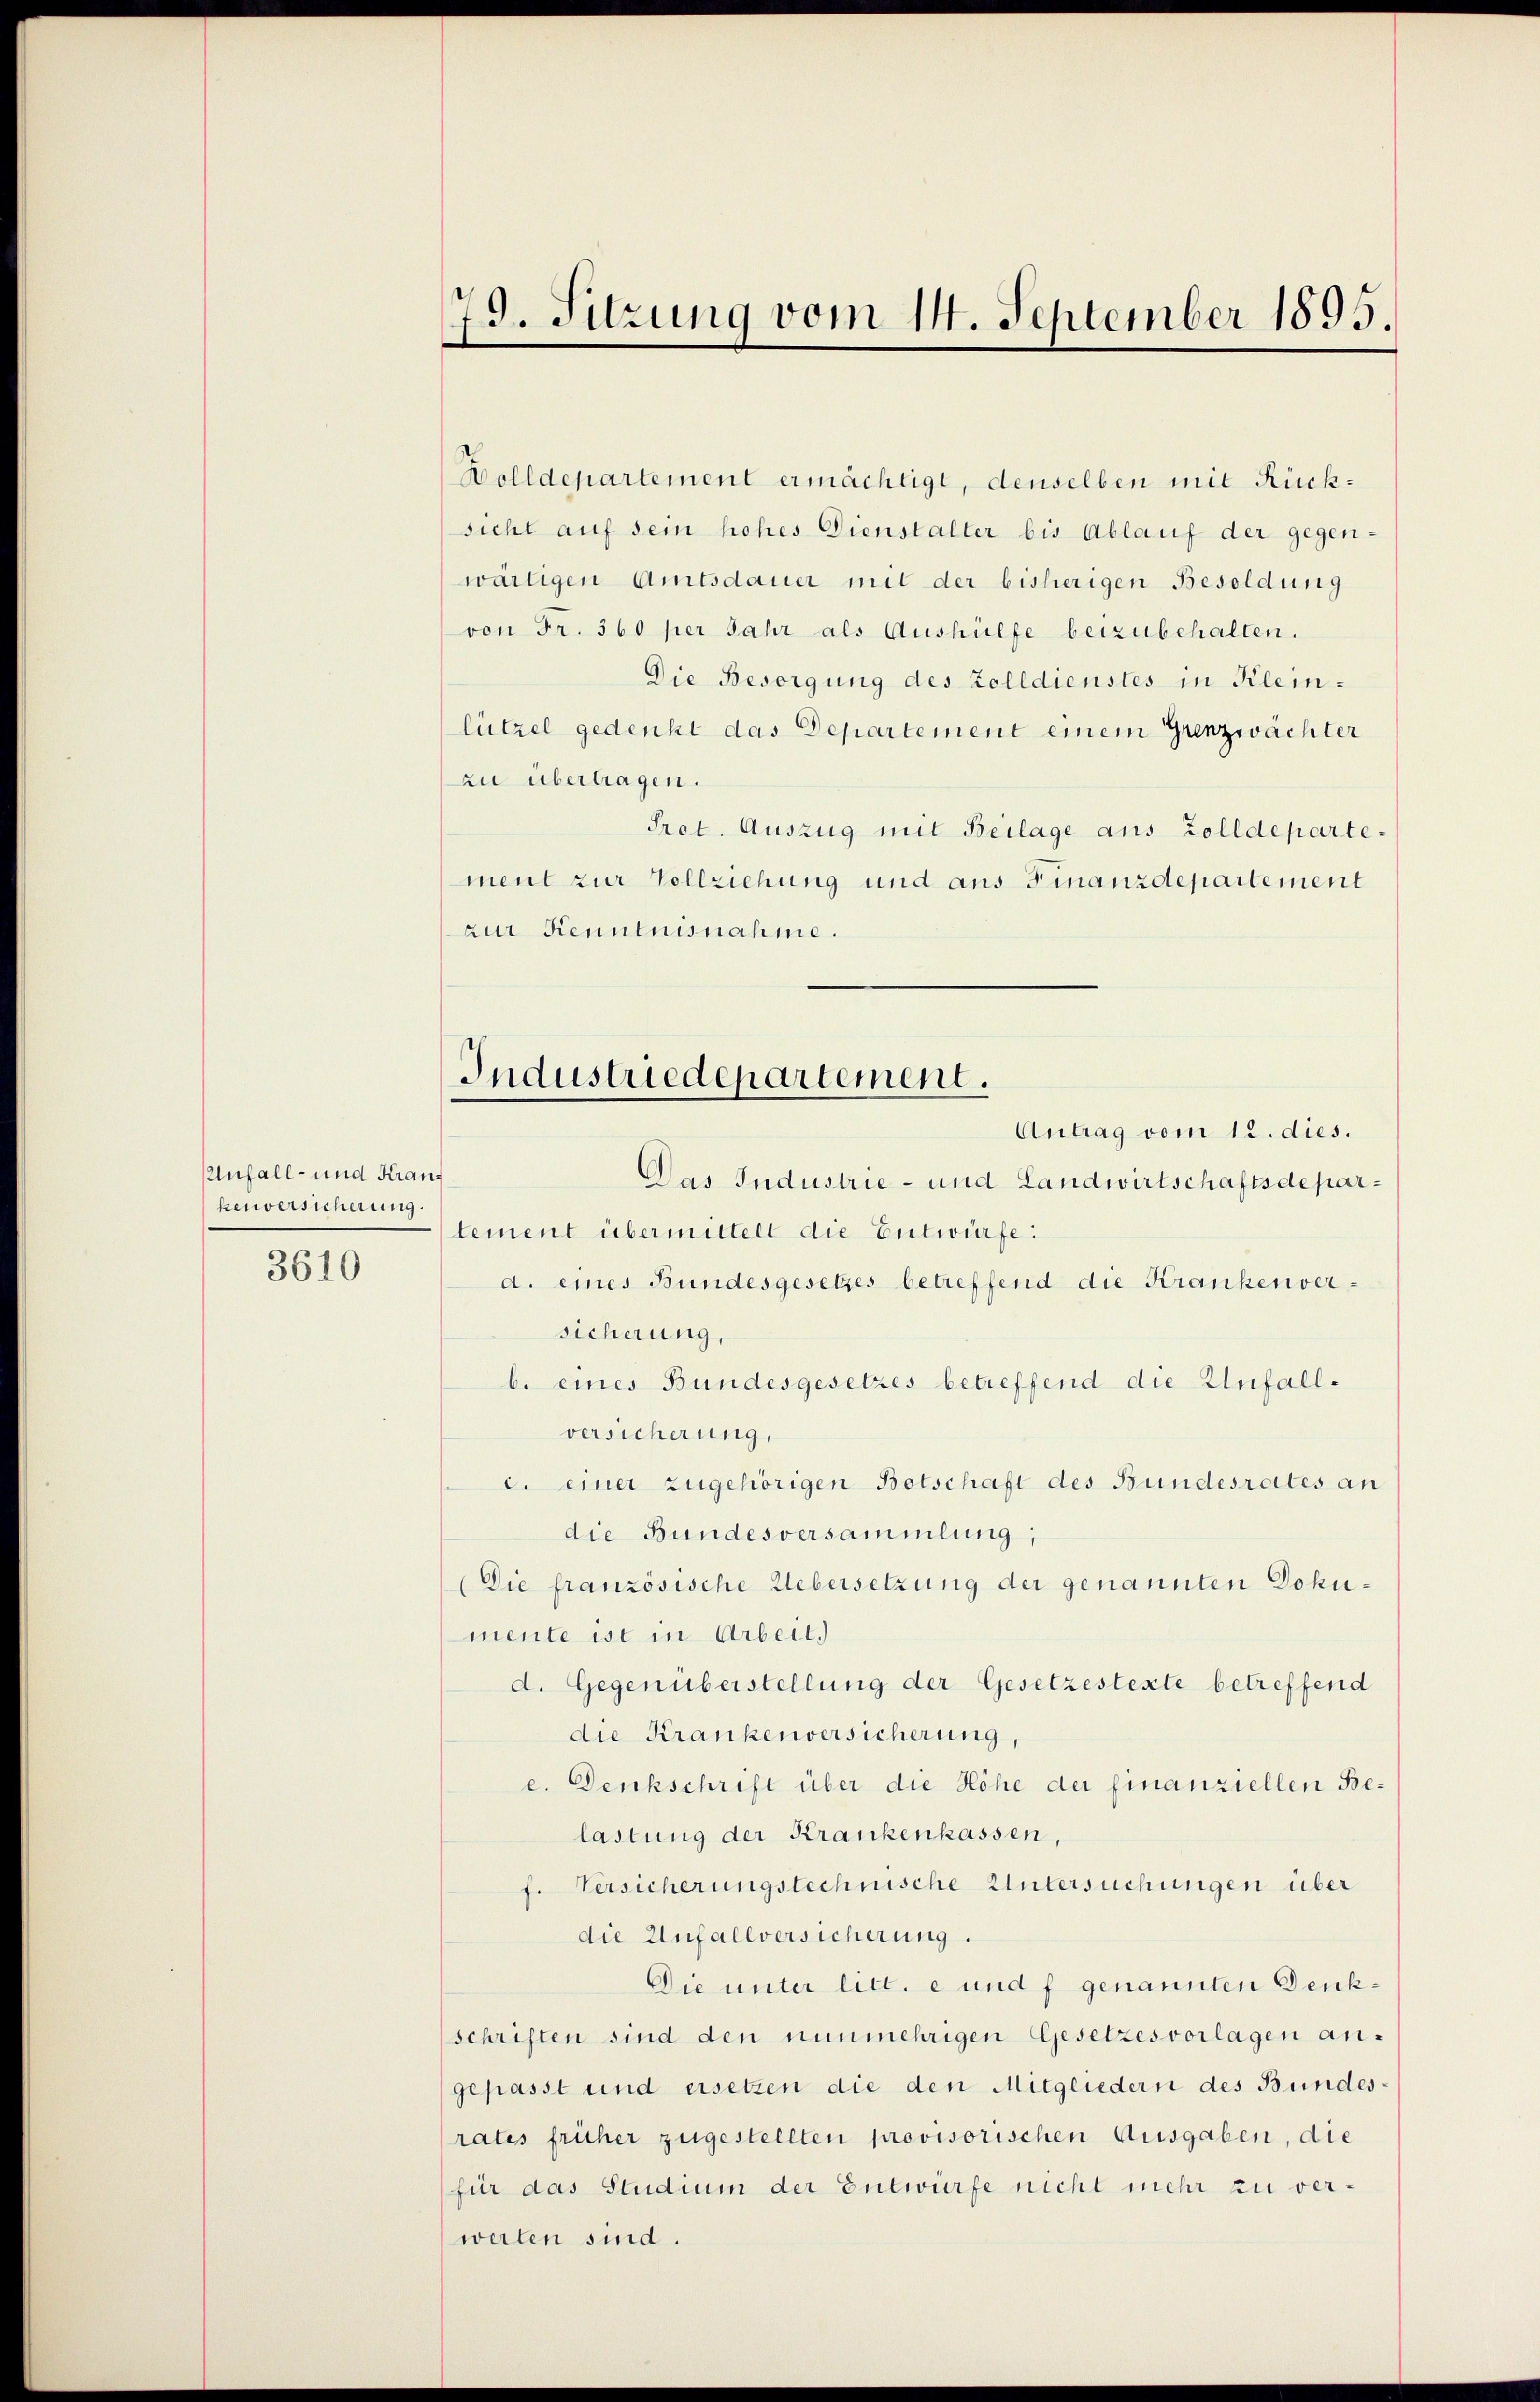
Unfall- und Kranz
kenversicherung.
3610

79. Sitzung vom 14. September 1895.

Bolldepartement ermächtigt, denselben mit Rücksicht auf sein hohes Dienstalter bis Ablauf der gegenwärtigen Amtsdauer mit der bisherigen Besoldung
von Fr. 360 per Jahr als Aushülfe beizubehalten.
Die Besorgung des Zolldienstes in Kleilützel gedenkt das Departement einem Grenzwachter
zu übertragen.
Pret. Auszug mit Beilage aus Zolldepartement zur Vollziehung und aus Finanzdepartement
zur Kenntnisnahme.
Antrag vom 12. dies.
Das Industrie- und Landwirtschaftsdepartement übermittelt die Entwürfe:
d. eines Bundesgesetzes betreffend die Krankenversicherung
b. eines Bundesgesetzes betreffend die Unfallversicherung,
c. einer zugehörigen Botschaft des Bundesrates an
die Bundesversammlung;
(Die französische Uebersetzung der genannten Dokumente ist in Arbeit.)
d. Gegenüberstellung der Gesetzestexte betreffend
die Krankenversicherung,
e. Denkschrift über die Höhe der finanziellen Belastung der Krankenkassen,
f. Versicherungstechnische Untersuchungen über
die Anfallversicherung.
Die unter litt. e und f genannten Denkschriften sind den nunmehrigen Gesetzesvorlagen angepasst und ersetzen die den Mitgliedern des Bundes-
rates früher zugestellten provisorischen Ausgaben, die
für das Studium der Entwürfe nicht mehr zu verweilen sind.

Industriedepartement.